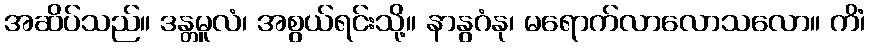
အဆိပ်သည်။ ဒန္တမူလံ၊ အစွယ်ရင်းသို့။ နာနွဂံနု၊ မရောက်လာလောသလော။ ကိံ၊